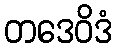
တဒေဝိဒံ